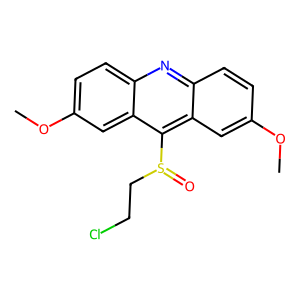
SMILES: COc1ccc2nc3ccc(OC)cc3c(S(=O)CCCl)c2c1
Inhibits HIV replication: No